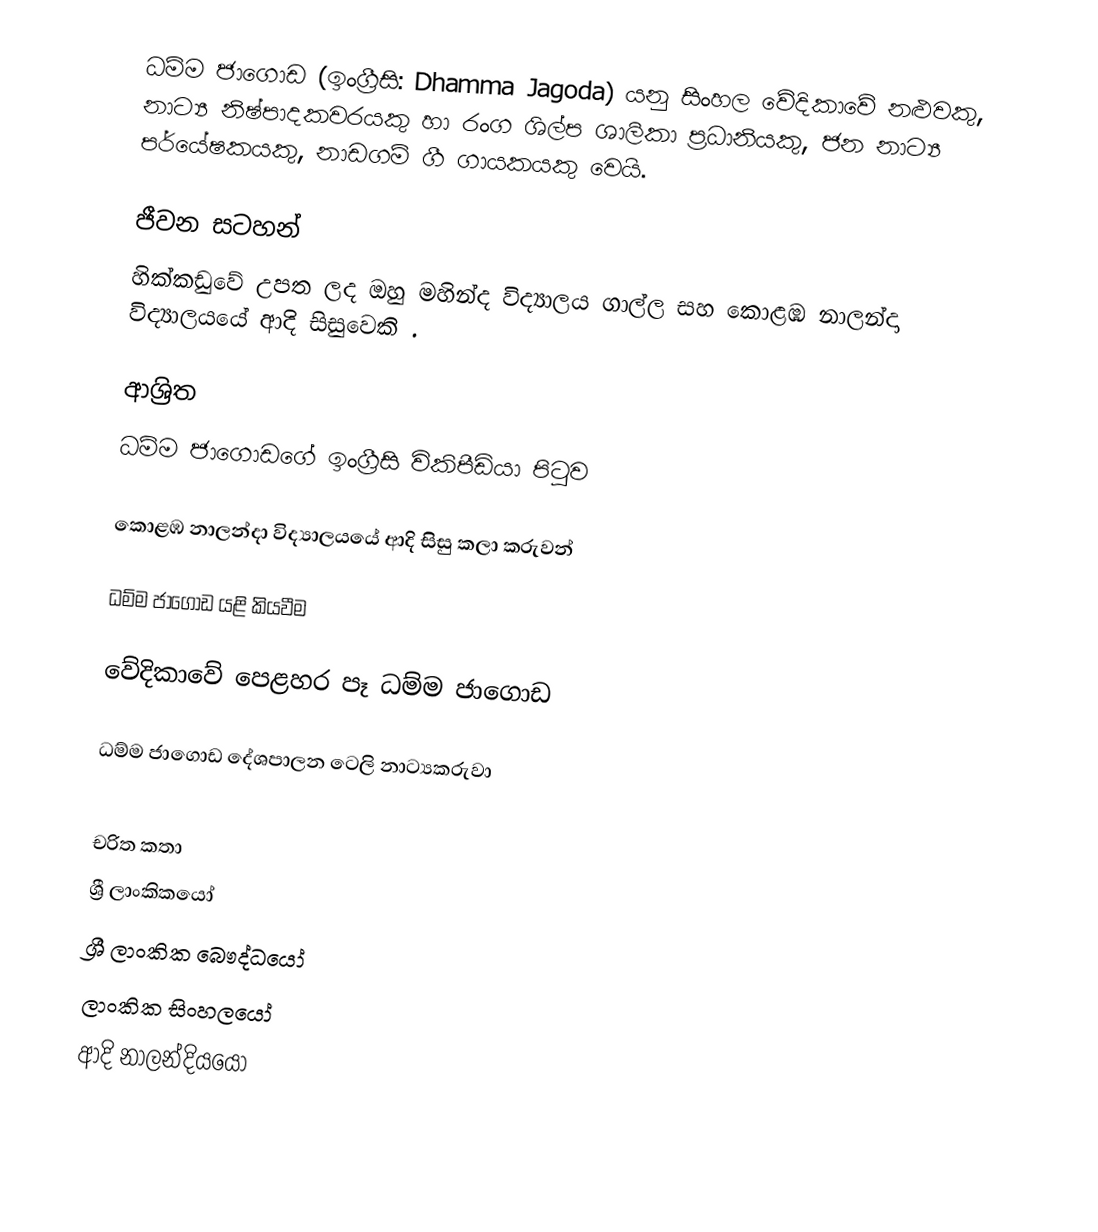
ධම්ම ජාගොඩ (ඉංග්‍රීසි: Dhamma Jagoda) යනු  සිංහල වේදිකාවේ නළුවකු, නාට්‍ය නිෂ්පාදකවරයකු හා රංග ශිල්ප ශාලිකා ප්‍රධානියකු, ජන නාට්‍ය පර්යේෂකයකු, නාඩගම් ගී ගායකයකු වෙයි.

ජීවන සටහන්
හික්කඩුවේ උපත ලද ඔහු මහින්ද විද්‍යාලය ගාල්ල සහ කොළඹ නාලන්දා විද්‍යාලයයේ ආදි සිසුවෙකි .

ආශ්‍රිත
 ධම්ම ජාගොඩගේ ඉංග්‍රීසි විකිපීඩියා පිටුව

 කොළඹ නාලන්දා විද්‍යාලයයේ ආදි සිසු කලා කරුවන්

 ධම්ම ජාගොඩ යළි කියවීම

 වේදිකාවේ පෙළහර පෑ ධම්ම ජාගොඩ

 ධම්ම ජාගොඩ දේශපාලන ටෙලි නාට්‍යකරුවා

චරිත කතා
ශ්‍රී ලාංකිකයෝ
ශ්‍රී ලාංකික බෞද්ධයෝ
ලාංකික සිංහලයෝ
ආදි නාලන්දියයෝ